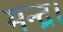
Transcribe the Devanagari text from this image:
मन्द्र।